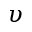
\upsilon